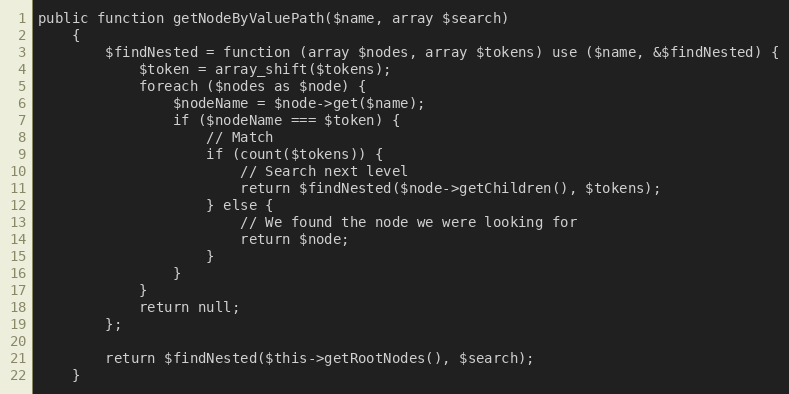
Language: PHP
public function getNodeByValuePath($name, array $search)
    {
        $findNested = function (array $nodes, array $tokens) use ($name, &$findNested) {
            $token = array_shift($tokens);
            foreach ($nodes as $node) {
                $nodeName = $node->get($name);
                if ($nodeName === $token) {
                    // Match
                    if (count($tokens)) {
                        // Search next level
                        return $findNested($node->getChildren(), $tokens);
                    } else {
                        // We found the node we were looking for
                        return $node;
                    }
                }
            }
            return null;
        };

        return $findNested($this->getRootNodes(), $search);
    }